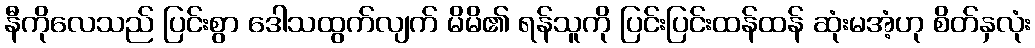
နီကိုလေသည် ပြင်းစွာ ဒေါသထွက်လျက် မိမိ၏ ရန်သူကို ပြင်းပြင်းထန်ထန် ဆုံးမအံ့ဟု စိတ်နှလုံး